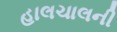
હાલચાલની